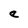
Character: e